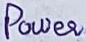
Text: Power